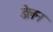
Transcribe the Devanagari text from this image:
डेलन